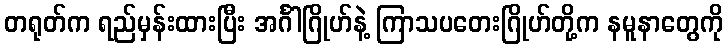
တရုတ်က ရည်မှန်းထားပြီး အင်္ဂါဂြိုဟ်နဲ့ ကြာသပတေးဂြိုဟ်တို့က နမူနာတွေကို